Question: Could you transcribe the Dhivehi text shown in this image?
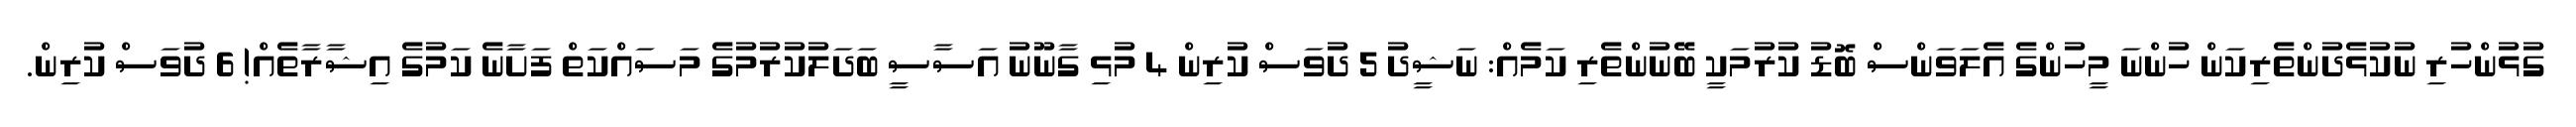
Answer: ގުޅުންހުރި ނުކުޅެދުންތެރިކަން ހުންނަ މީހުންގެ އެލަވަންސް ބޮޑު ކުރުމަކީ ބޭނުންތެރި ކަމެއް: ނަޝީދު 5 ދުވަސް ކުރިން 4 މުޅި ގާނޫނު އަސާސީ ބަދަލުކުރުމުގެ މަސައްކަތް ފަށާނެ ކަމުގެ އިޝާރާތެއް! 6 ދުވަސް ކުރިން.